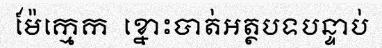
ម៉ែក្មេក  ខ្នោះបាត់អត្ថបទបន្ទាប់